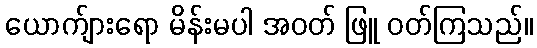
ယောက်ျားရော မိန်းမပါ အဝတ် ဖြူ ဝတ်ကြသည်။